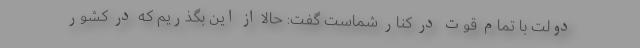
دولت با تمام قوت در کنار شماست گفت: حالا از این بگذریم که در کشور